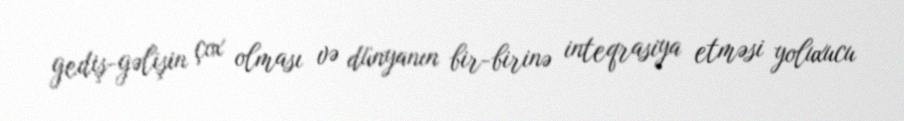
gediş-gəlişin çox olması və dünyanın bir-birinə inteqrasiya etməsi yoluxucu